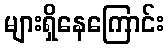
များရှိနေကြောင်း